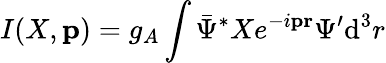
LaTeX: I(X,{\mathbf p})=g_{A}\int\bar{\Psi}^{\ast}Xe^{-i{\mathbf p}{\mathbf r}}\Psi^{\prime}\textrm{d}^{3}r